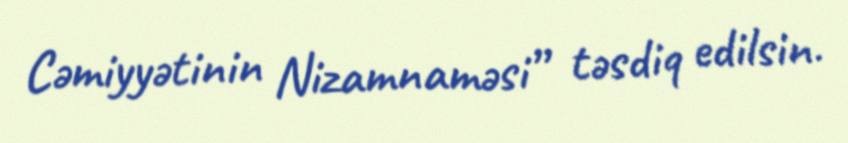
Cəmiyyətinin Nizamnaməsi” təsdiq edilsin.